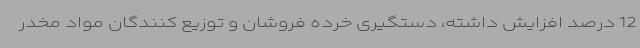
12 درصد افزایش داشته، دستگیری خرده فروشان و توزیع کنندگان مواد مخدر